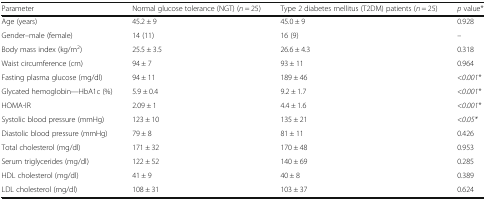
| Parameter | Normal glucose tolerance (NGT) (n = 25) | Type 2 diabetes mellitus (T2DM) patients (n = 25) | p value* |
 | --- | --- | --- | --- |
 | Age (years) | 45.2 ± 9 | 45.0 ± 9 | 0.928 |
 | Gender–male (female) | 14 (11) | 16 (9) | – |
 | Body mass index (kg/m2) | 25.5 ± 3.5 | 26.6 ± 4.3 | 0.318 |
 | Waist circumference (cm) | 94 ± 7 | 93 ± 11 | 0.964 |
 | Fasting plasma glucose (mg/dl) | 94 ± 11 | 189 ± 46 | <0.001* |
 | Glycated hemoglobin—HbA1c (%) | 5.9 ± 0.4 | 9.2 ± 1.7 | <0.001* |
 | HOMA-IR | 2.09 ± 1 | 4.4 ± 1.6 | <0.001* |
 | Systolic blood pressure (mmHg) | 123 ± 10 | 135 ± 21 | <0.05* |
 | Diastolic blood pressure (mmHg) | 79 ± 8 | 81 ± 11 | 0.426 |
 | Total cholesterol (mg/dl) | 171 ± 32 | 170 ± 48 | 0.953 |
 | Serum triglycerides (mg/dl) | 122 ± 52 | 140 ± 69 | 0.285 |
 | HDL cholesterol (mg/dl) | 41 ± 9 | 40 ± 8 | 0.389 |
 | LDL cholesterol (mg/dl) | 108 ± 31 | 103 ± 37 | 0.624 |